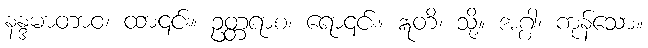
နန္ဒမာတာဝ၊ ထာ၎င်း။ ဥတ္တရာစ၊ ရော၎င်း။ ဣတိ၊ သို့။ အဂ္ဂါ၊ ကုန်သော။